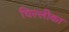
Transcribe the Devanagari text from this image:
धिल्लीका